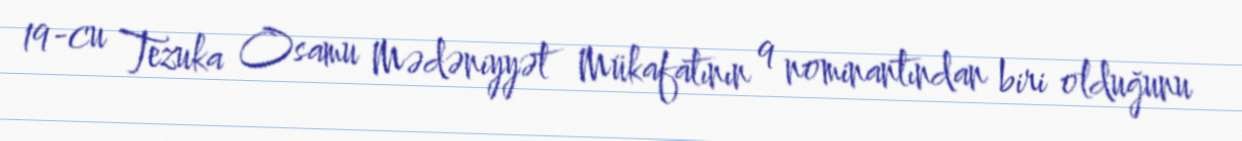
19-cu Tezuka Osamu Mədəniyyət Mükafatının 9 nominantından biri olduğunu